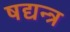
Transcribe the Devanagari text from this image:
षद्यन्त्र